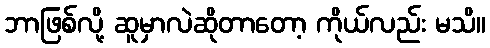
ဘာဖြစ်လို့ ဆူမှာလဲဆိုတာတော့ ကိုယ်လည်း မသိ။